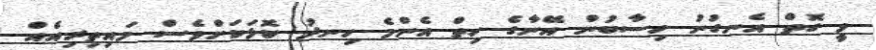
ވީ ގޮތް އެނގުނު ހިސާބުން އޭނާގެ ހިތް އެންމެ ހިނދު ކޮޅަކަށްވެސް މައިތިރިއެއް